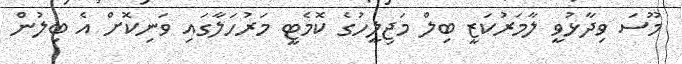
މޫސަ ވިދާޅުވީ ލާމަރުކަޒީ ބިލް މަޖިލީހުގެ ކޮމެޓީ މަރުހަލާގައި ވަނިކޮށް އެ ބިލުން